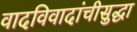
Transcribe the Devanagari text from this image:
वादविवादांचीसुद्धा